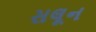
સલૂન